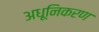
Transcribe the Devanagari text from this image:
अधूनिकरण